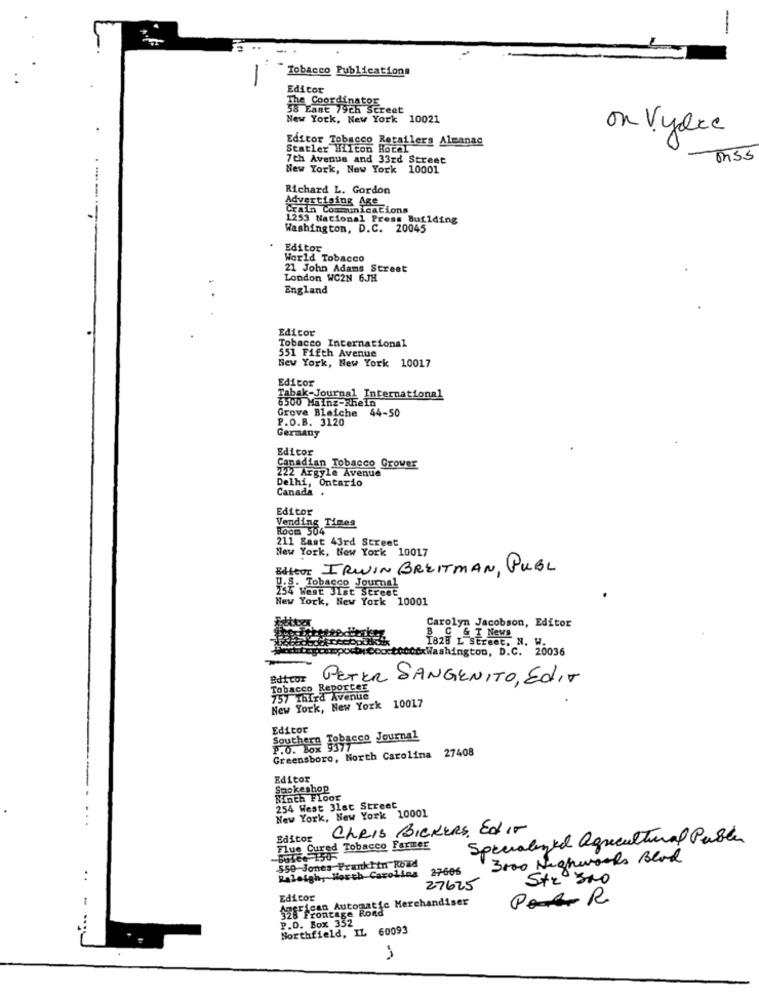
-
Tobacco Publications
-
Editor
The Coordinator
New York, New York 10021
on Vydre
Editor Tobacco Retailers Almanac
Statler Hilton Hotel
7th Avenue and 33rd Street
New York, New York 10001
Richard L. Gordon
Advertising Age
Crain Communications
1253 National Press Building
Washington, D.C. 20045
Editor
World Tobacco
21 John Adams Street
London WC2N 6JH
England
Editor
Tobacco International
551 Fifth Avenue
New York, New York 10017
Editor
6500 Mainz-Rhein
Tabak-Journal International
Grove Bleiche 44-50
P.O.B. 3120
Germany
Editor
Canadian Tobacco Grower
222 Argyle Avenue
Delhi, Ontario
Canada .
Editor
Vending Times
Room 504
211 East 43rd Street
New York, New York 10017
Belleor IRWIN BREITMAN, PUBL
U.S. Tobacco
254 West Jist Street
Journal
New York, New York 10001
Carolyn Jacobson, Editor
B C & T News
cxWashington, D.C. 20036
1828 L Street, N. W.
Editor
PETER SANGENITO, EDIT
Tobacco ReporCer
New York, New York 10017
7 Third Avenue
Editor
Southern Tobacco Journal
P.O. Box
Greensboro, North Carolina 27408
9377
Editor
Smokeshop
Ninth Floor
254 West 31st Street
New York, New York 10001
Cheis BIckERS, Ed IN
Editor
Specialized Agricultural Publi
Flue Cured Tobacco Farmer
3000 Nighworks Blod
Raleigh, North Carolina
s Frankhtn Roud
27-606
..
Str sto
27625
-
Edicor
can Automatic Merchandiser
PAAR
$28 Frontage Rond
P.O. Box 352
Northfield, IL 60093
-